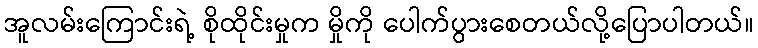
အူလမ်းကြောင်းရဲ့ စိုထိုင်းမှုက မှိုကို ပေါက်ပွားစေတယ်လို့ပြောပါတယ်။